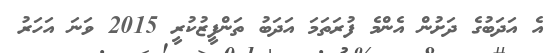
އެ އަދަބުގެ ދަށުން އެންމެ ފުރަތަމަ އަދަބު ތަންފީޒުކުރީ 2015 ވަނަ އަހަރު